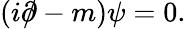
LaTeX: (i{\partial\! \! \! /}-m)\psi=0.